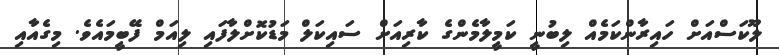
ލޫކަސްއަށް ހައިރާންކަމެއް ލިބުނީ ކަމީލާމެންގެ ކާރިއަށް ސައިކަލް މަޑުކޮށްލާފައި ލިއަމް ފޭބީމައެވެ. މިގެއާއި